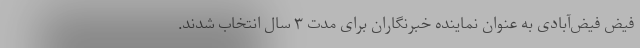
فیض فیض‌آبادی به عنوان نماینده خبرنگاران برای مدت ۳ سال انتخاب شدند.